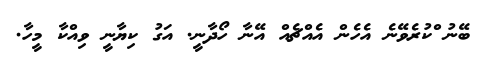
ބޭނު ްކުުރެވޭނެ އެހެން އެއްޗެއް އޭނާ ހޯދާނީ. އަގު ކިޔާނީ ވިއްކާ މީހާ.